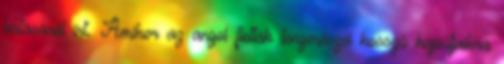
hatásáról írt. Amikor az angol flották tengerészei hosszú hajóútjaikra